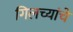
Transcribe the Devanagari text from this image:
गिलच्यांचे